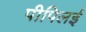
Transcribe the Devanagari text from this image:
पीपिलई